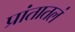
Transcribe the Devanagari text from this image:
प्रांतातलं